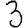
Digit: 3